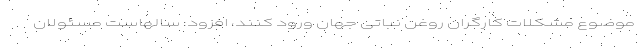
موضوع مشکلات کارگران روغن نباتی جهان ورود کنند، افزود: سالهاست مسئولان